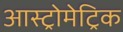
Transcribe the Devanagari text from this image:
आस्ट्रोमेट्रिक